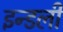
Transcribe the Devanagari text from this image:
इन्डली